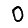
Digit: 0